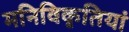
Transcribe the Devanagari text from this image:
मनिविकृतियां